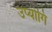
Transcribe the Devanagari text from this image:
उप्योगि